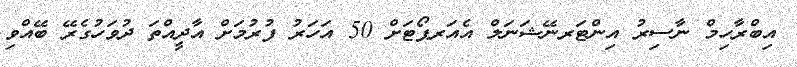
އިބްރާހިމް ނާސިރު އިންޓަރނޭޝަނަލް އެއަރޕޯޓަށް 50 އަހަރު ފުރުމަށް އާދީއްތަ ދުވަހުގެރޭ ބޭއްވި